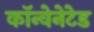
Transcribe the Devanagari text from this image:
कॉन्वेनेटेड